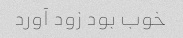
خوب بود زود آورد